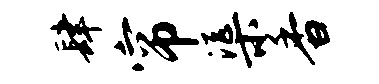
肆帘渠香